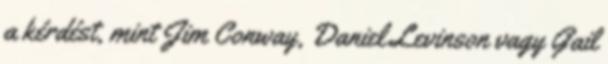
a kérdést, mint Jim Conway, Daniel Levinson vagy Gail